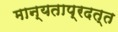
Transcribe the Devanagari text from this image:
मान्यताप्रदत्त